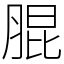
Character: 䐊